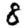
Digit: 8